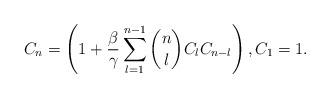
LaTeX: \begin{align*}C_n=\left( 1+ \frac{\beta}{\gamma} \sum\limits_{l=1}^{n-1} \binom{n}{l}C_lC_{n-l} \right),C_1=1.\end{align*}